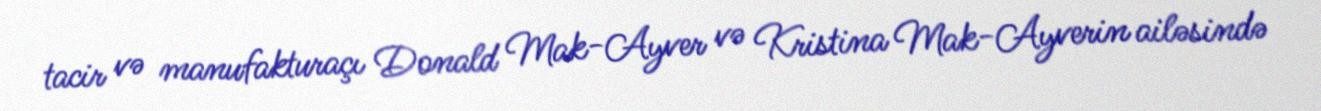
tacir və manufakturaçı Donald Mak-Ayver və Kristina Mak-Ayverin ailəsində